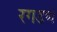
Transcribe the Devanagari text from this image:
रगडणे